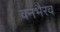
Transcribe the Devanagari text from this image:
वनभैरव